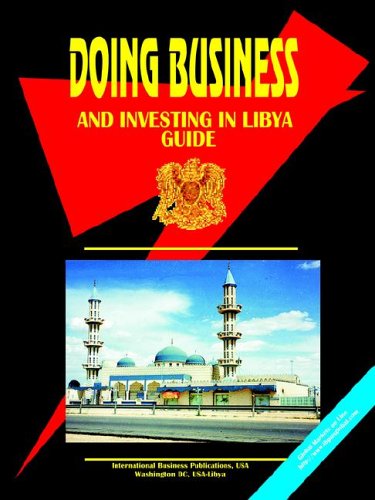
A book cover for Doing Business And Investing in Libya (World Business, Investment and Government Library); Ibp Usa; Travel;